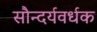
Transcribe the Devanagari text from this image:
सौन्दर्यवर्धक